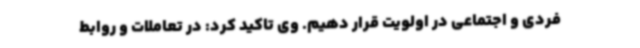
فردی و اجتماعی در اولویت قرار دهیم. وی تاکید کرد: در تعاملات و روابط